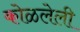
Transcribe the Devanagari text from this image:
कोळलेली